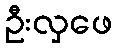
ဦးလှဖေ